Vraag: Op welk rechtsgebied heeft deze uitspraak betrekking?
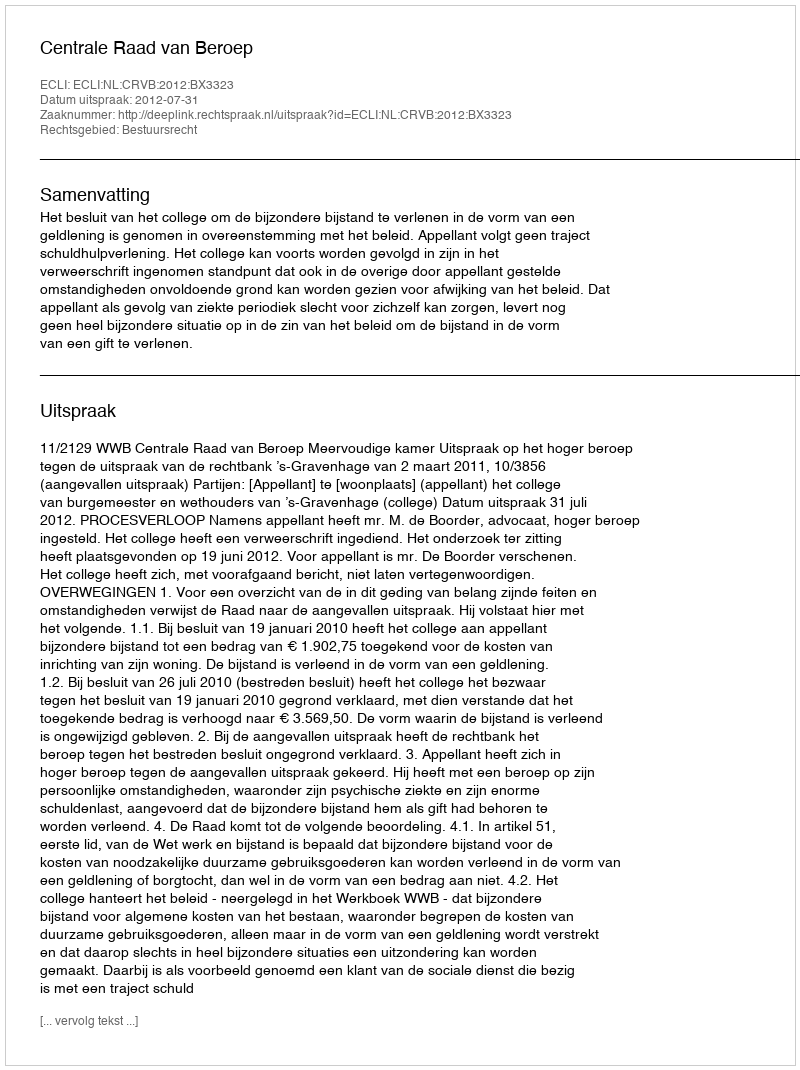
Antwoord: Bestuursrecht